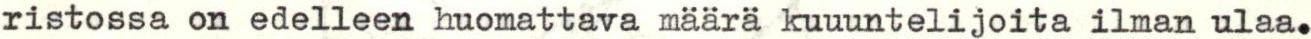
ristossa on edelleen huomattava määrä kuuuntelijoita ilman ulaa.